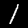
Label: 1